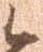
候